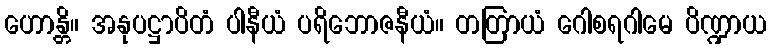
ဟောန္တိ။ အနုပဋ္ဌာပိတံ ပါနီယံ ပရိဘောဇနီယံ။ တတြာယံ ဂေါစရဂါမေ ပိဏ္ဍာယ